Indian journal of veterinary science and animal husbandry - Volume 5,
Year: 1935
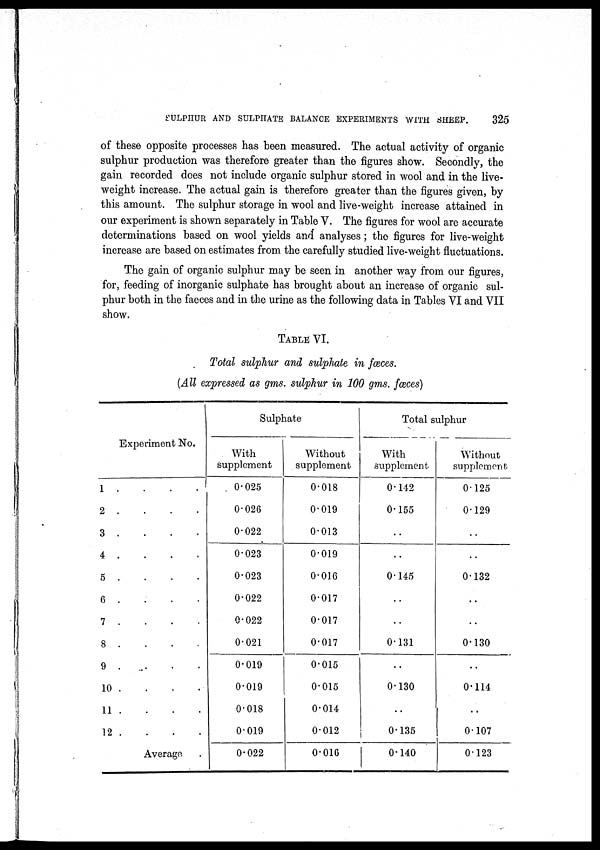
SULPHUR AND SULPHATE BALANCE EXPERIMENTS WITH SHEEP.
325
of these opposite processes has been measured. The actual activity of organic
sulphur production was therefore greater than the figures show. Secondly, the
gain recorded does not include organic sulphur stored in wool and in the live-
weight increase. The actual gain is therefore greater than the figures given, by
this amount. The sulphur storage in wool and live-weight increase attained in
our experiment is shown separately in Table V. The figures for wool are accurate
determinations based on wool yields and analyses; the figures for live-weight
increase are based on estimates from the carefully studied live-weight fluctuations.
The gain of organic sulphur may be seen in another way from our figures,
for, feeding of inorganic sulphate has brought about an increase of organic sul-
phur both in the faeces and in the urine as the following data in Tables VI and VII
show.
TABLE VI.
Total sulphur and sulphate in fæces.
(All expressed as gms. sulphur in 100 gms. fæces)
Experiment No.
1 .
2 .
3 .
4 .
5 .
6 .
7 .
8 .
9 .
10 .
11 .
12 .
Average
Sulphate
With
supplement
0.025
0.026
0.022
0.023
0.023
0.022
0.022
0.021
0.019
0.019
0.018
0.019
0.022
Without
supplement
0.018
0.019
0.013
0.019
0.016
0.017
0.017
0.017
0.015
0.015
0.014
0.012
0.016
Total sulphur
With
supplement
0.142
0.155
. .
. .
0.145
. .
. .
0.131
. .
0.130
. .
0.135
0.140
Without
supplement
0.125
0.129
. .
. .
0.132
. .
. .
0.130
. .
0.114
. .
0.107
0.123